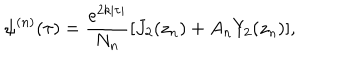
LaTeX: \psi ^ { ( n ) } ( \tau ) = \frac { e ^ { 2 k | \tau | } } { N _ { n } } [ J _ { 2 } ( z _ { n } ) + A _ { n } Y _ { 2 } ( z _ { n } ) ] ,